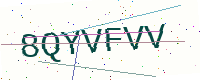
Text: 8QYVFVV